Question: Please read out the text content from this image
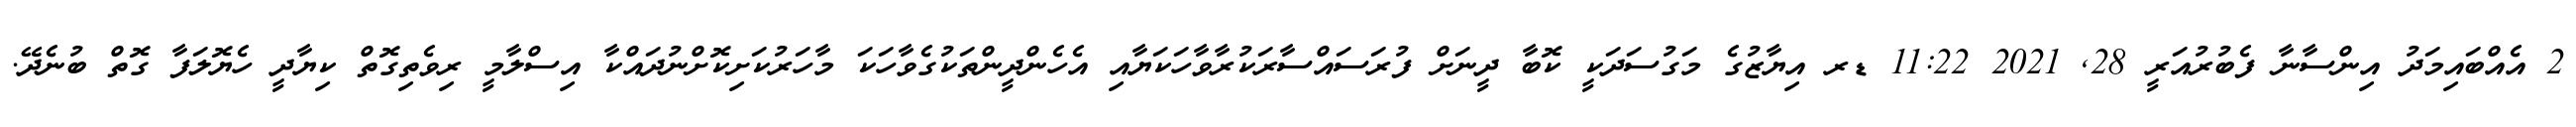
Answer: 2 އެއްބައިމަދު އިންސާނާ ފެބުރުއަރީ 28, 2021 11:22 ޑރ އިޔާޒުގެ މަގުސަދަކީ ކޮބާ ދީނަށް ފުރަސައްސާރަކުރާވާހަކަޔާއި އެހެންދީންތަކުގެވާހަކަ މާހަރުކަށިކޮށްނުދައްކާ އިސްލާމީ ރިވެތިގޮތް ކިޔާދީ ހެޔޮލަފާ ގޮތް ބުނެދޭ.